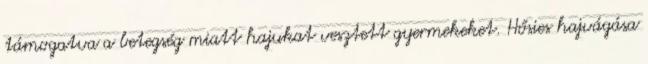
támogatva a betegség miatt hajukat vesztett gyermekeket. Hősies hajvágása